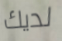
لديك